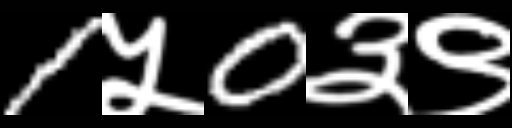
Text: 1५0३९